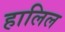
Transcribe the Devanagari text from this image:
हालिल